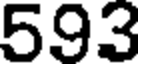
593